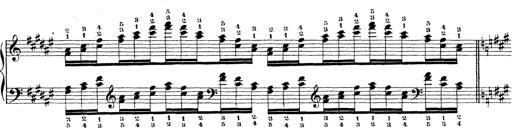
Title: Technische Studien
Composer: Franz Liszt